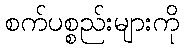
စက်ပစ္စည်းများကို